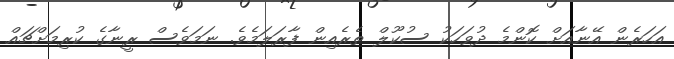
އަހަރެން އޭނާއަށް ކޮންމެ ދުވަހަކު ސުކޫލް ތެރެއިން ފާރަލަމެވެ. ނަމަވެސް ރީނާގެ ކުރިމަށްޗައް